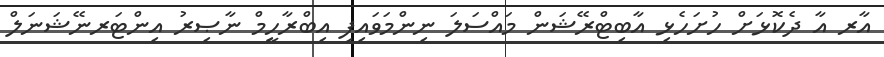
އާރ އާ ދެކޮޅަށް ހުށަހެޅި އާބިޓްރޭޝަން މައްސަލަ ނިންމަވައިފި އިބްރާހީމް ނާޞިރު އިންޓަރނޭޝަނަލް